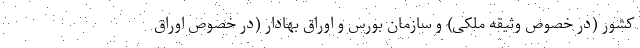
کشور (در خصوص وثیقه ملکی) و سازمان بورس و اوراق بهادار (در خصوص اوراق